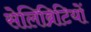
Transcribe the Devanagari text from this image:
सेलिब्रिटियों